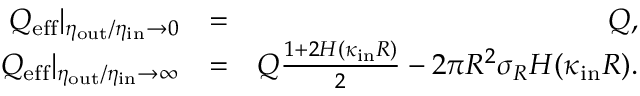
\begin{array} { r l r } { Q _ { \mathrm { e f f } } | _ { \eta _ { \mathrm { o u t } } / \eta _ { \mathrm { i n } } \to 0 } } & { = } & { Q , } \\ { Q _ { \mathrm { e f f } } | _ { \eta _ { \mathrm { o u t } } / \eta _ { \mathrm { i n } } \to \infty } } & { = } & { Q \frac { 1 + 2 H ( \kappa _ { \mathrm { i n } } R ) } { 2 } - 2 \pi R ^ { 2 } \sigma _ { R } H ( \kappa _ { \mathrm { i n } } R ) . } \end{array}